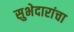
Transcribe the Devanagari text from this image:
सुभेदारांचा